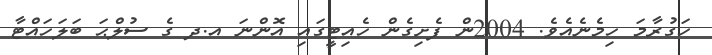
ހަގުރާމަ ހިމެނެއެވެ. 2004ން ފެށިގެން ހެއިޓީގައި އޮންނަ އ.ދ ގެ ސުލްޙަ ބަލަހައްޓާ